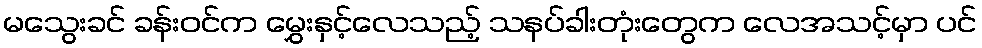
မသွေးခင် ခန်းဝင်က မွှေးနှင့်လေသည့် သနပ်ခါးတုံးတွေက လေအသင့်မှာ ပင်